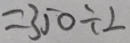
= 3 5 0 \div 2